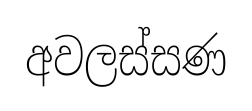
අවලස්සණ